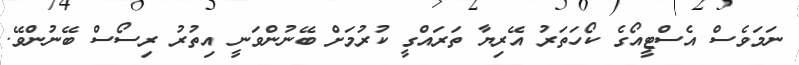
ނަމަވެސް އެސްޓީއޯގެ ކޯހަތަރު އޭރިޔާ ތަރައްގީ ކުރުމަށް ބޭނުންވަނީ އިތުރު ރިސޯސް ބޭނުންވޭ.